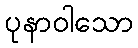
ပုနာဝါသော